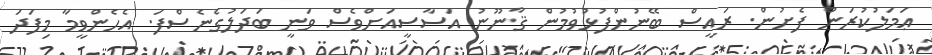
ޢަމަލުކުރަން ފެށުން. ރައީސް ބޭނުންފުޅުވުމުން ޤާނޫނު އަސާސީއަށްވެސް ވަނީ ބަދަލުގެނެސްފަ. އެހެންވީމާ މިފަދަ